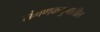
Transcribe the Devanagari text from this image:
संगणकयुगातील